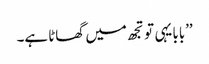
’’بابا یہی تو تجھ میں گھاٹا ہے۔